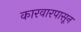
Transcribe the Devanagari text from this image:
कारवारपासून